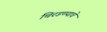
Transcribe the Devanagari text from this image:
चिरडण्‍याचे